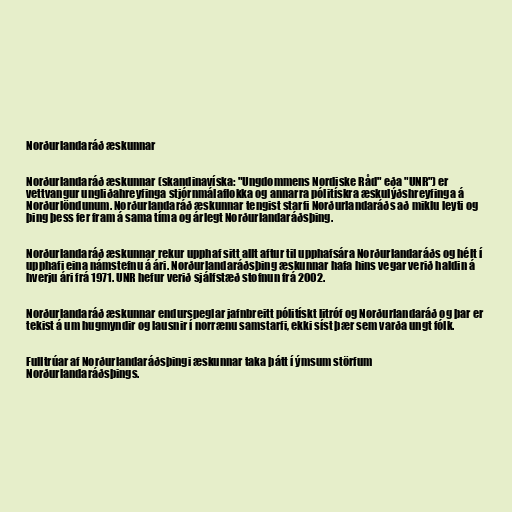
Norðurlandaráð æskunnar

Norðurlandaráð æskunnar (skandinavíska: "Ungdommens Nordiske Råd" eða "UNR") er
vettvangur ungliðahreyfinga stjórnmálaflokka og annarra pólitískra æskulýðshreyfinga á
Norðurlöndunum. Norðurlandaráð æskunnar tengist starfi Norðurlandaráðs að miklu leyti og
þing þess fer fram á sama tíma og árlegt Norðurlandaráðsþing.

Norðurlandaráð æskunnar rekur upphaf sitt allt aftur til upphafsára Norðurlandaráðs og hélt í
upphafi eina námstefnu á ári. Norðurlandaráðsþing æskunnar hafa hins vegar verið haldin á
hverju ári frá 1971. UNR hefur verið sjálfstæð stofnun frá 2002.

Norðurlandaráð æskunnar endurspeglar jafnbreitt pólitískt litróf og Norðurlandaráð og þar er
tekist á um hugmyndir og lausnir í norrænu samstarfi, ekki síst þær sem varða ungt fólk.

Fulltrúar af Norðurlandaráðsþingi æskunnar taka þátt í ýmsum störfum
Norðurlandaráðsþings.